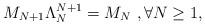
LaTeX: \begin{align*}M_{N+1}\Lambda_{N}^{N+1}=M_N \ ,\forall N \ge 1,\end{align*}